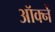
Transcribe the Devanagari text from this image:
ऑर्क्ने